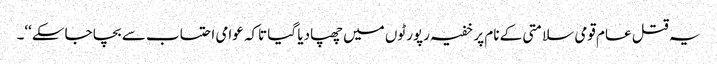
یہ قتل عام قومی سلامتی کے نام پر خفیہ رپورٹوں میں چھپادیا گیا تاکہ عوامی احتساب سے بچا جاسکے‘‘۔